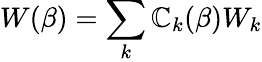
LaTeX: W(\beta)=\sum_{k}\mathbb{C}_{k}(\beta)W_{k}